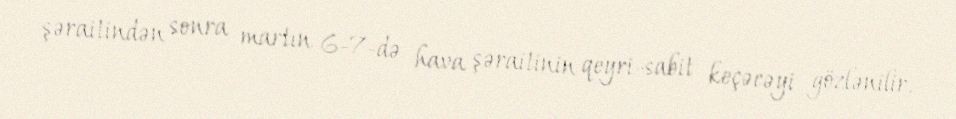
şəraitindən sonra martın 6-7-də hava şəraitinin qeyri-sabit keçəcəyi gözlənilir.